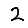
Digit: 2